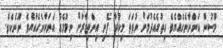
މޫސުން އަންނާނެހެއްޔެވެ ހިތުގެއެދުމަށް ނުވަތަ މިކުރާ ފޮނި އިންތިޒާރަށް ނިމުމެއް އަންނާނެހެއްޔެވެ ނޫނެކެވެ.